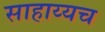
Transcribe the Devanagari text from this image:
साहाय्यच